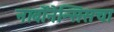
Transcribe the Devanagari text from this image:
नार्बोनेन्सिसचा